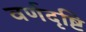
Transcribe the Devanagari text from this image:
वर्णदृष्टि